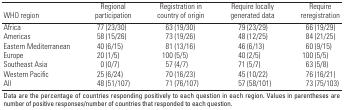
<table><thead><tr><td><b>WHO region</b></td><td><b>Regional participation</b></td><td><b>Registration in country of origin</b></td><td><b>Require locally generated data</b></td><td><b>Require reregistration</b></td></tr></thead><tbody><tr><td>Africa</td><td>[EMPTY_CELL]</td><td>77 (23/30)</td><td>[EMPTY_CELL]</td><td>63 (19/30)</td><td>[EMPTY_CELL]</td><td>79 (23/29)</td><td>[EMPTY_CELL]</td><td>66 (19/29)</td></tr><tr><td>Americas</td><td>[EMPTY_CELL]</td><td>58 (15/26)</td><td>[EMPTY_CELL]</td><td>73 (19/26)</td><td>[EMPTY_CELL]</td><td>48 (12/25)</td><td>[EMPTY_CELL]</td><td>84 (21/25)</td></tr><tr><td>Eastern Mediterranean</td><td>[EMPTY_CELL]</td><td>40 (6/15)</td><td>[EMPTY_CELL]</td><td>81 (13/16)</td><td>[EMPTY_CELL]</td><td>46 (6/13)</td><td>[EMPTY_CELL]</td><td>60 (9/15)</td></tr><tr><td>Europe</td><td>[EMPTY_CELL]</td><td>20 (1/5)</td><td>[EMPTY_CELL]</td><td>100 (5/5)</td><td>[EMPTY_CELL]</td><td>40 (2/5)</td><td>[EMPTY_CELL]</td><td>100 (5/5)</td></tr><tr><td>Southeast Asia</td><td>[EMPTY_CELL]</td><td>0 (0/7)</td><td>[EMPTY_CELL]</td><td>57 (4/7)</td><td>[EMPTY_CELL]</td><td>71 (5/7)</td><td>[EMPTY_CELL]</td><td>63 (5/8)</td></tr><tr><td>Western Pacific</td><td>[EMPTY_CELL]</td><td>25 (6/24)</td><td>[EMPTY_CELL]</td><td>70 (16/23)</td><td>[EMPTY_CELL]</td><td>45 (10/22)</td><td>[EMPTY_CELL]</td><td>76 (16/21)</td></tr><tr><td>All</td><td>[EMPTY_CELL]</td><td>48 (51/107)</td><td>[EMPTY_CELL]</td><td>71 (76/107)</td><td>[EMPTY_CELL]</td><td>57 (58/101)</td><td>[EMPTY_CELL]</td><td>73 (75/103)</td></tr><tr><td colspan="9">Data are the percentage of countries responding positively to each question in each region. Values in parentheses are number of positive responses/number of countries that responded to each question.</td></tr></tbody></table>